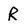
Character: R